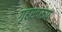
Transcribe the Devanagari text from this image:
गृहस्वरूप